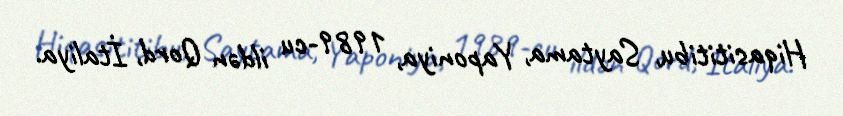
Hiqasititibu, Saytama, Yaponiya, 1989-cu ildən Qord, İtaliya.